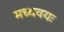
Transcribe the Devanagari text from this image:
मध्यवयः